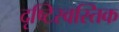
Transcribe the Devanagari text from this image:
दृष्टिस्वस्तिक